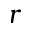
r